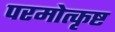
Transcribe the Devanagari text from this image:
परमोत्कृष्ट